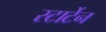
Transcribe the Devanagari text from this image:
स्टार्टेन